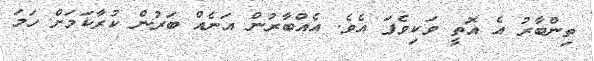
ތިންބާރު އެ އޮތީ ވަކިވެފަ އެވެ. އެއްބާރުން އަނެއް ބަރުން ކުރާކަމަށް ހަމަ